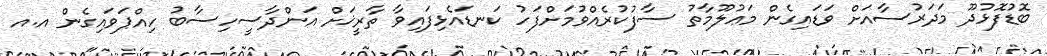
ބޮޑުފޮޅުދޫ މަދަރުސާއަށް ވަޑައިގެން މަޢުލޫމާތު ސާފުކުރެއްވުމަށްފަހު ކަނޑައެޅިފައިވާ ތާރީޚަށް އަންދާސީހިސާބު ހިއްޕަވައިގެން އ.އ